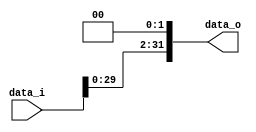
/******************************************************************
* Description
*	This performs a shift left opeartion in roder to calculate the brances.
*	1.0
* Author:
*	Dr. Jos Luis Pizano Escalante
* email:
*	luispizano@iteso.mx
* Date:
*	05/07/2020
******************************************************************/
module Shift_Left_2 
(   
	input [31:0]  data_i,
   output reg [31:0] data_o

);
   always @ (data_i)
     data_o = {data_i[29:0], 1'b0, 1'b0};

endmodule // leftShift2